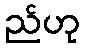
ည်ဟု